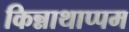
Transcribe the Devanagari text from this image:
किन्नाथाप्पम